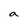
Character: a